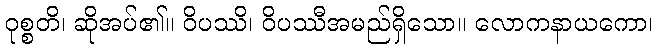
ဝုစ္စတိ၊ ဆိုအပ်၏။ ဝိပဿိ၊ ဝိပဿီအမည်ရှိသော။ လောကနာယကော၊